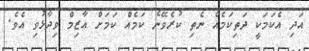
އަދި އެކަމަކީ ދަތިކަމެއް ނެތި ކުރެވޭނެ ކަމެއް ކަމަށް އާޒިމް ވިދާޅުވި އެވެ.